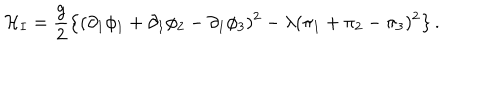
{ \cal H } _ { I } = \frac { g } { 2 } \left\{ ( \partial _ { 1 } \phi _ { 1 } + \partial _ { 1 } \phi _ { 2 } - \partial _ { 1 } \phi _ { 3 } ) ^ { 2 } - \lambda ( \pi _ { 1 } + \pi _ { 2 } - \pi _ { 3 } ) ^ { 2 } \right\} .